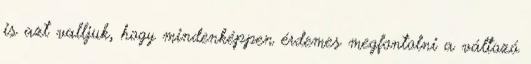
is azt valljuk, hogy mindenképpen érdemes megfontolni a változó